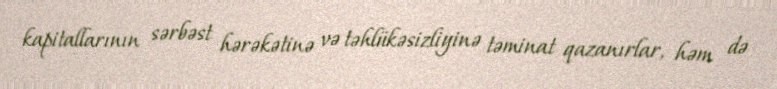
kapitallarının sərbəst hərəkətinə və təhlükəsizliyinə təminat qazanırlar, həm də